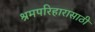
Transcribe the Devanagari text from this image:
श्रमपरिहारासाठी